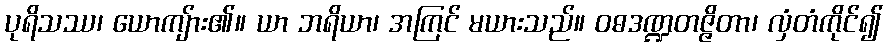
ပုရိသဿ၊ ယောကျ်ား၏။ ယာ ဘရိယာ၊ အကြင် မယားသည်။ ဝဓဒဏ္ဍတဇ္ဇိတာ၊ လှံတံကိုင်၍